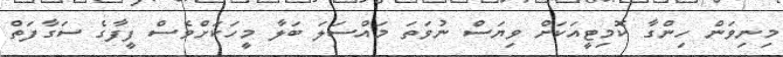
މިނިވަން ހިންގާ ކޮމިޓީއަކަށް ވިޔަސް ނުވަތަ މައްސަލަ ބަލާ މީހަކަށްވެސް ފީފާގެ ސަގާފަތް